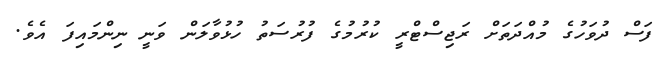
ފަސް ދުވަހުގެ މުއްދަތަށް ރަޖިސްޓްރީ ކުރުމުގެ ފުރުސަތު ހުޅުވާލަން ވަނީ ނިންމައިފަ އެވެ.